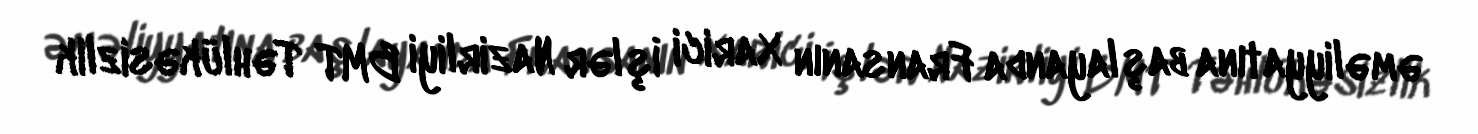
əməliyyatına başlayanda Fransanın Xarici İşlər Nazirliyi BMT Təhlükəsizlik